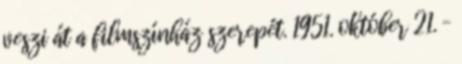
veszi át a filmszínház szerepét. 1951. október 21. –